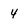
Character: 4